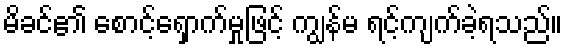
မိခင်၏ စောင့်ရှောက်မှုဖြင့် ကျွန်မ ရင့်ကျက်ခဲ့ရသည်။